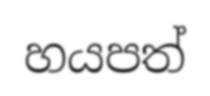
හයපත්